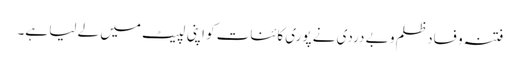
فتنہ و فساد ظلم و بے دردی نے پوری کائنات کو اپنی لپیٹ میں لے لیا ہے۔